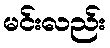
မင်းလည်း